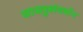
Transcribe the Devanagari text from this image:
वास्तुसंवर्धन